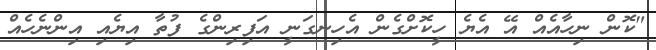
"ކޮން ނިހާއެއް އޭ އެޔެ ހީކޮށްގެން އެހިނގަނީ އަފިރިންގެ ފުތާ އިޔެއި އިންނެހެއް